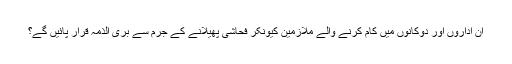
ان اداروں اور دوکانوں میں کام کرنے والے ملازمین کیونکر فحاشی پھیلانے کے جرم سے بری الذمہ قرار پائیں گے؟